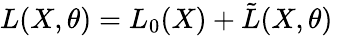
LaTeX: L(X,\theta)=L_{0}(X)+\tilde{L}(X,\theta)\,